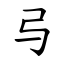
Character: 㢧